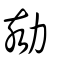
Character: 劾